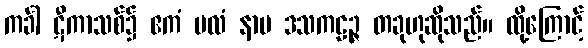
ကင်္ခါ ဋီကာသစ်၌ ဧကံ ပလံ နာမ ဒသကဠဉ္ဇ တခုဟုဆိုသည်။ ထို့ကြောင့်